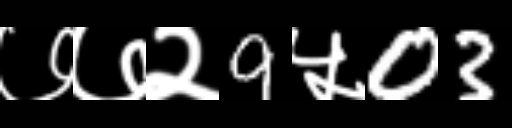
Text: ७७२9५03